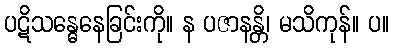
ပဋိသန္ဓေနေခြင်းကို။ န ပဇာနန္တိ၊ မသိကုန်။ ပ။